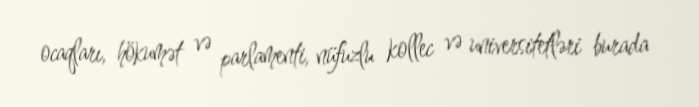
ocaqları, hökumət və parlamenti, nüfuzlu kollec və universitetləri burada